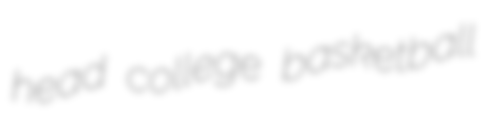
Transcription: head college basketball